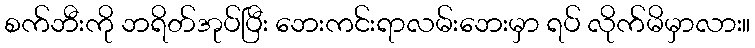
စက်ဘီးကို ဘရိတ်အုပ်ပြီး ဘေးကင်းရာလမ်းဘေးမှာ ရပ် လိုက်မိမှာလား။